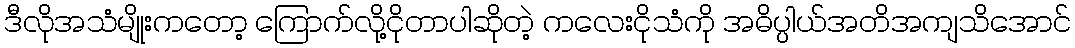
ဒီလိုအသံမျိုးကတော့ ကြောက်လို့ငိုတာပါဆိုတဲ့ ကလေးငိုသံကို အဓိပ္ပါယ်အတိအကျသိအောင်